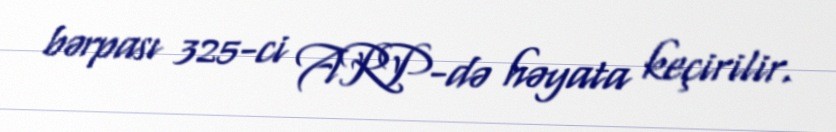
bərpası 325-ci ARP-də həyata keçirilir.